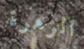
الزهرة